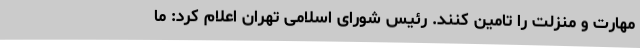
مهارت و منزلت را تامین کنند. رئیس شورای اسلامی تهران اعلام کرد: ما